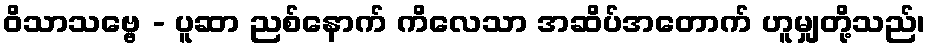
ဝိသာသဗ္ဗေ - ပူဆာ ညစ်နောက် ကိလေသာ အဆိပ်အတောက် ဟူမျှတို့သည်၊